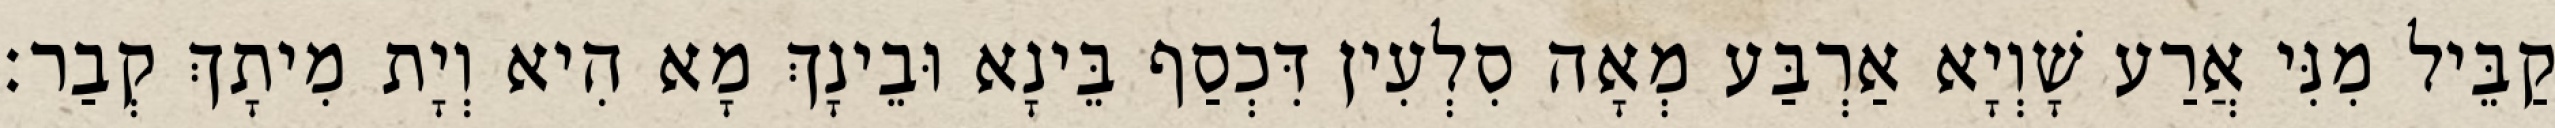
קַבֵּיל מִנִּי אֲרַע שָׁוְיָא אַרְבַּע מְאָה סִלְעִין דִּכְסַף בֵּינָא וּבֵינָךְ מָא הִיא וְיָת מִיתָךְ קְבַר׃